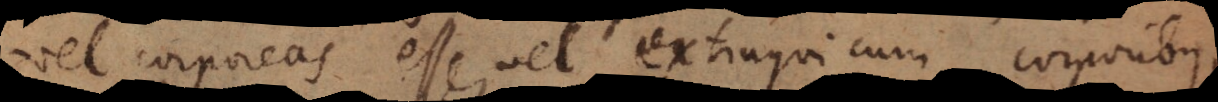
vel corporeas esse, vel extingui cum corporibus,